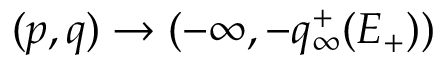
( p , q ) \to ( - \infty , - q _ { \infty } ^ { + } ( E _ { + } ) )